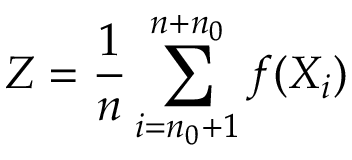
Z = \frac { 1 } { n } \sum _ { i = n _ { 0 } + 1 } ^ { n + n _ { 0 } } f ( X _ { i } )